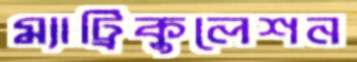
ম্যাট্রিকুলেশন